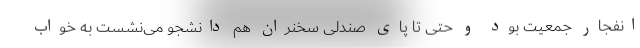
انفجار جمعیت بود و حتی تا پای صندلی سخنران هم دانشجو می‌نشست به خواب